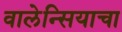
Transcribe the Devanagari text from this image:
वालेन्सियाचा